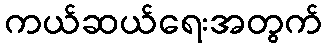
ကယ်ဆယ်ရေးအတွက်